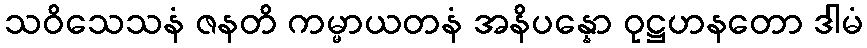
သဝိသေသနံ ဇနတိ ကမ္မာယတနံ အနိပန္နော ဝုဋ္ဌဟနတော ဒါမံ